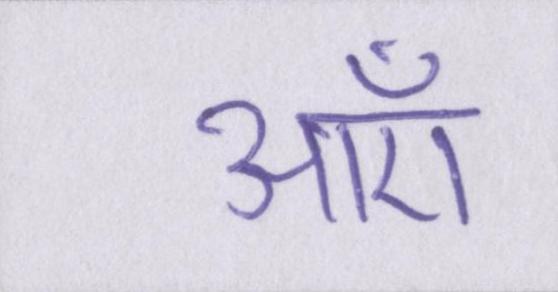
आएँ